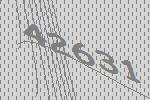
42631